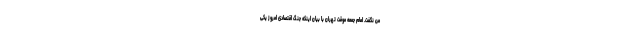
من نگفت. امام جمعه موقت تهران با بیان اینکه جنگ اقتصادی امروز یکی